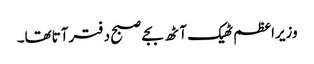
وزیراعظم ٹھیک آٹھ بجے صبح دفترآتاتھا۔